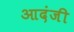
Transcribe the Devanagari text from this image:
आदंजी